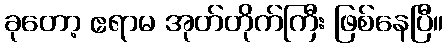
ခုတော့ ဧရာမ အုတ်တိုက်ကြီး ဖြစ်နေပြီ။